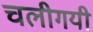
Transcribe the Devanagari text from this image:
चलीगयी